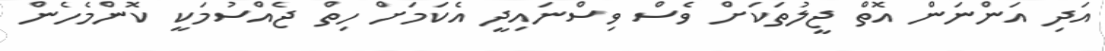
އަދި އަންނަން އޮތް ޖީލުތަކަށް ވެސް ވިސްނައިދީ އެކަމަށް ހިތް ޖެއްސުމަކީ ކޮންމެހެން